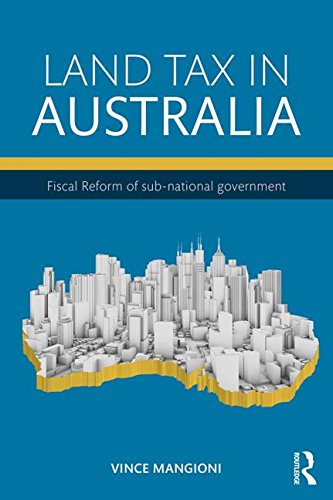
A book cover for Land Tax in Australia: Fiscal Reform of sub-national government; Vince Mangioni; Business & Money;